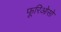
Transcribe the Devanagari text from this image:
फूरिओसो